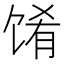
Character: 𬳁